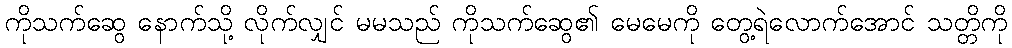
ကိုသက်ဆွေ နောက်သို့ လိုက်လျှင် မမသည် ကိုသက်ဆွေ၏ မေမေကို တွေ့ရဲလောက်အောင် သတ္တိကို